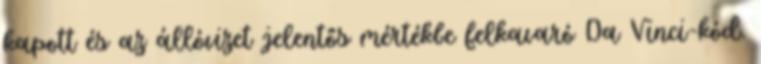
kapott és az állóvizet jelentős mértékbe felkavaró Da Vinci-kód.